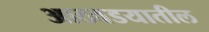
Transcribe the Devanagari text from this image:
आठवडयातील